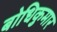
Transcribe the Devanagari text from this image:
बोधिकुमार